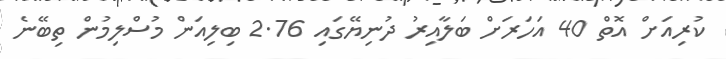
ކުރިއަށް އޮތް 40 އަހަރަށް ބަލާއިރު ދުނިޔޭގައި 2.76 ބިލިއަން މުސްލިމުން ތިބޭނެ